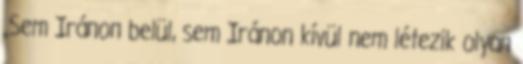
„Sem Iránon belül, sem Iránon kívül nem létezik olyan